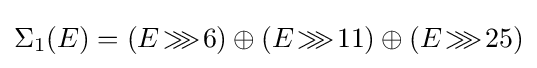
\Sigma _{1}(E)=(E\!\ggg \!6)\oplus (E\!\ggg \!11)\oplus (E\!\ggg \!25)